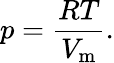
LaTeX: p={\frac{RT}{V_{\mathrm{m}}}}.